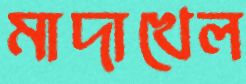
মাদাখেল